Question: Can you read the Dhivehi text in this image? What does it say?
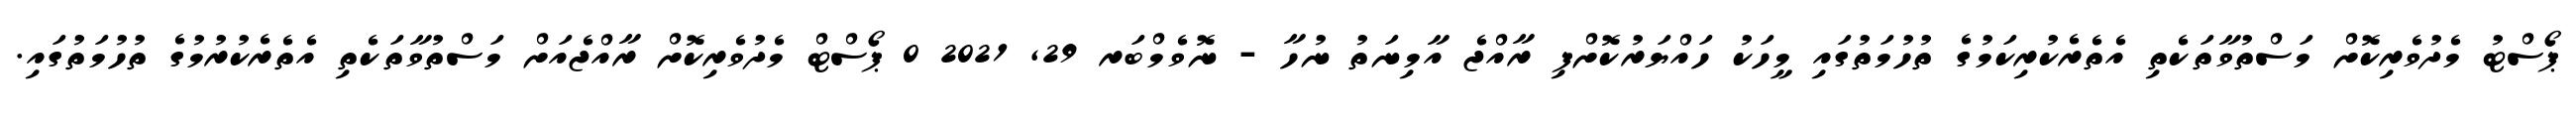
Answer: ޕޯސްޓު މެދުވެރިކޮށް މަސްތުވާތަކެތި އެތެރެކުރިކަމުގެ ތުހުމަތުގައި މީހަކު ހައްޔަރުކޮށްފި ރާއްޖެ އާމިނަތު ނުހާ - ނޮވެމްބަރ 29, 2021 0 ޕޯސްޓް މެދުވެރިކޮށް ރާއްޖެއަށް މަސްތުވާތަކެތި އެތެރެކުރުމުގެ ތުހުމަތުގައި.